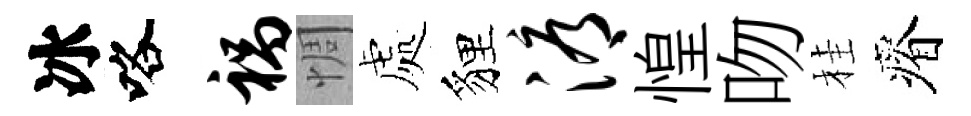
冰咯祸惆處貍溽惶吻桂瘠